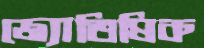
জ্যোতিষিক